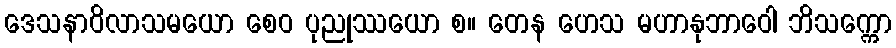
ဒေသနာဝိလာသမယော စေဝ ပုညုဿယော စ။ တေန ဟေသ မဟာနုဘာဝေါ ဘိသက္ကော